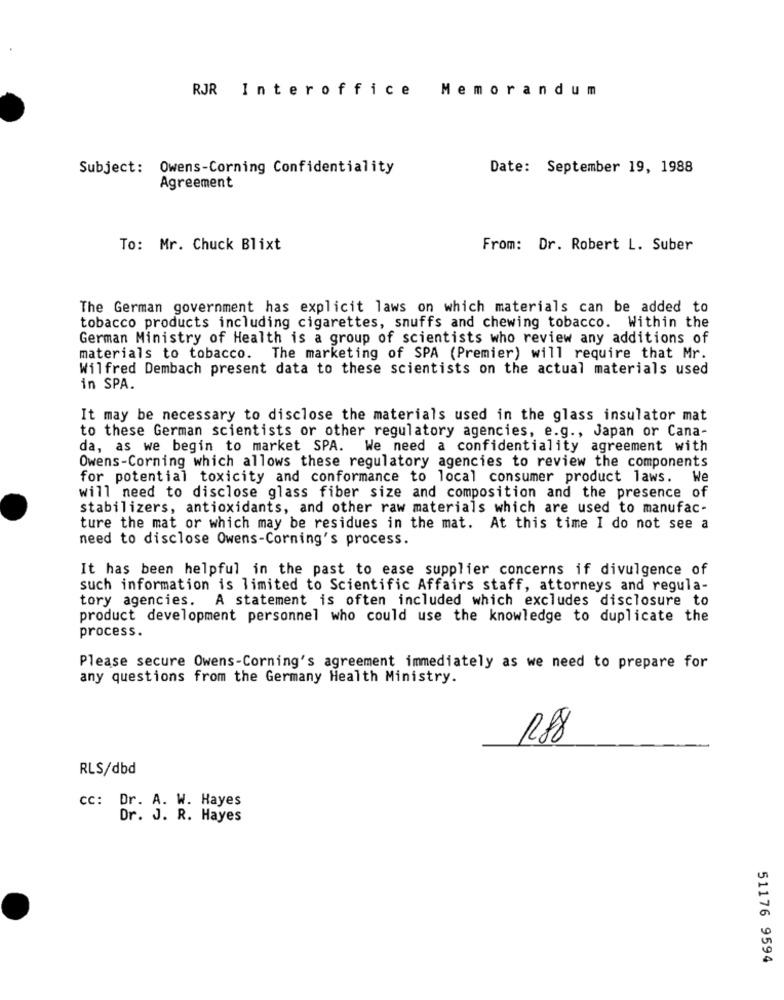
RJR Interoffice Memorandum
Subject: Owens-Corning Confidentiality
Date: September 19, 1988
Agreement
To: Mr. Chuck Blixt
From: Dr. Robert L. Suber
The German government has explicit laws on which materials can be added to
tobacco products including cigarettes, snuffs and chewing tobacco. Within the
German Ministry of Health is a group of scientists who review any additions of
materials to tobacco. The marketing of SPA (Premier) will require that Mr.
Wilfred Dembach present data to these scientists on the actual materials used
in SPA.
It may be necessary to disclose the materials used in the glass insulator mat
to these German scientists or other regulatory agencies, e.g ., Japan or Cana-
da, as we begin to market SPA. We need a confidentiality agreement with
Owens-Corning which allows these regulatory agencies to review the components
for potential toxicity and conformance to local consumer product laws. We
will need to disclose glass fiber size and composition and the presence of
stabilizers, antioxidants, and other raw materials which are used to manufac-
ture the mat or which may be residues in the mat. At this time I do not see a
need to disclose Owens-Corning's process.
It has been helpful in the past to ease supplier concerns if divulgence of
such information is limited to Scientific Affairs staff, attorneys and regula-
tory agencies.
A statement is often included which excludes disclosure to
product development personnel who could use the knowledge to duplicate the
process.
Please secure Owens-Corning's agreement immediately as we need to prepare for
any questions from the Germany Health Ministry.
RLS/dbd
cc: Dr. A. W. Hayes
Dr. J. R. Hayes
51176 9594